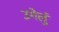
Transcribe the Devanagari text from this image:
उगेलुं